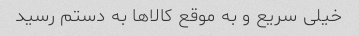
خیلی سریع و به موقع کالا‌ها به دستم رسید